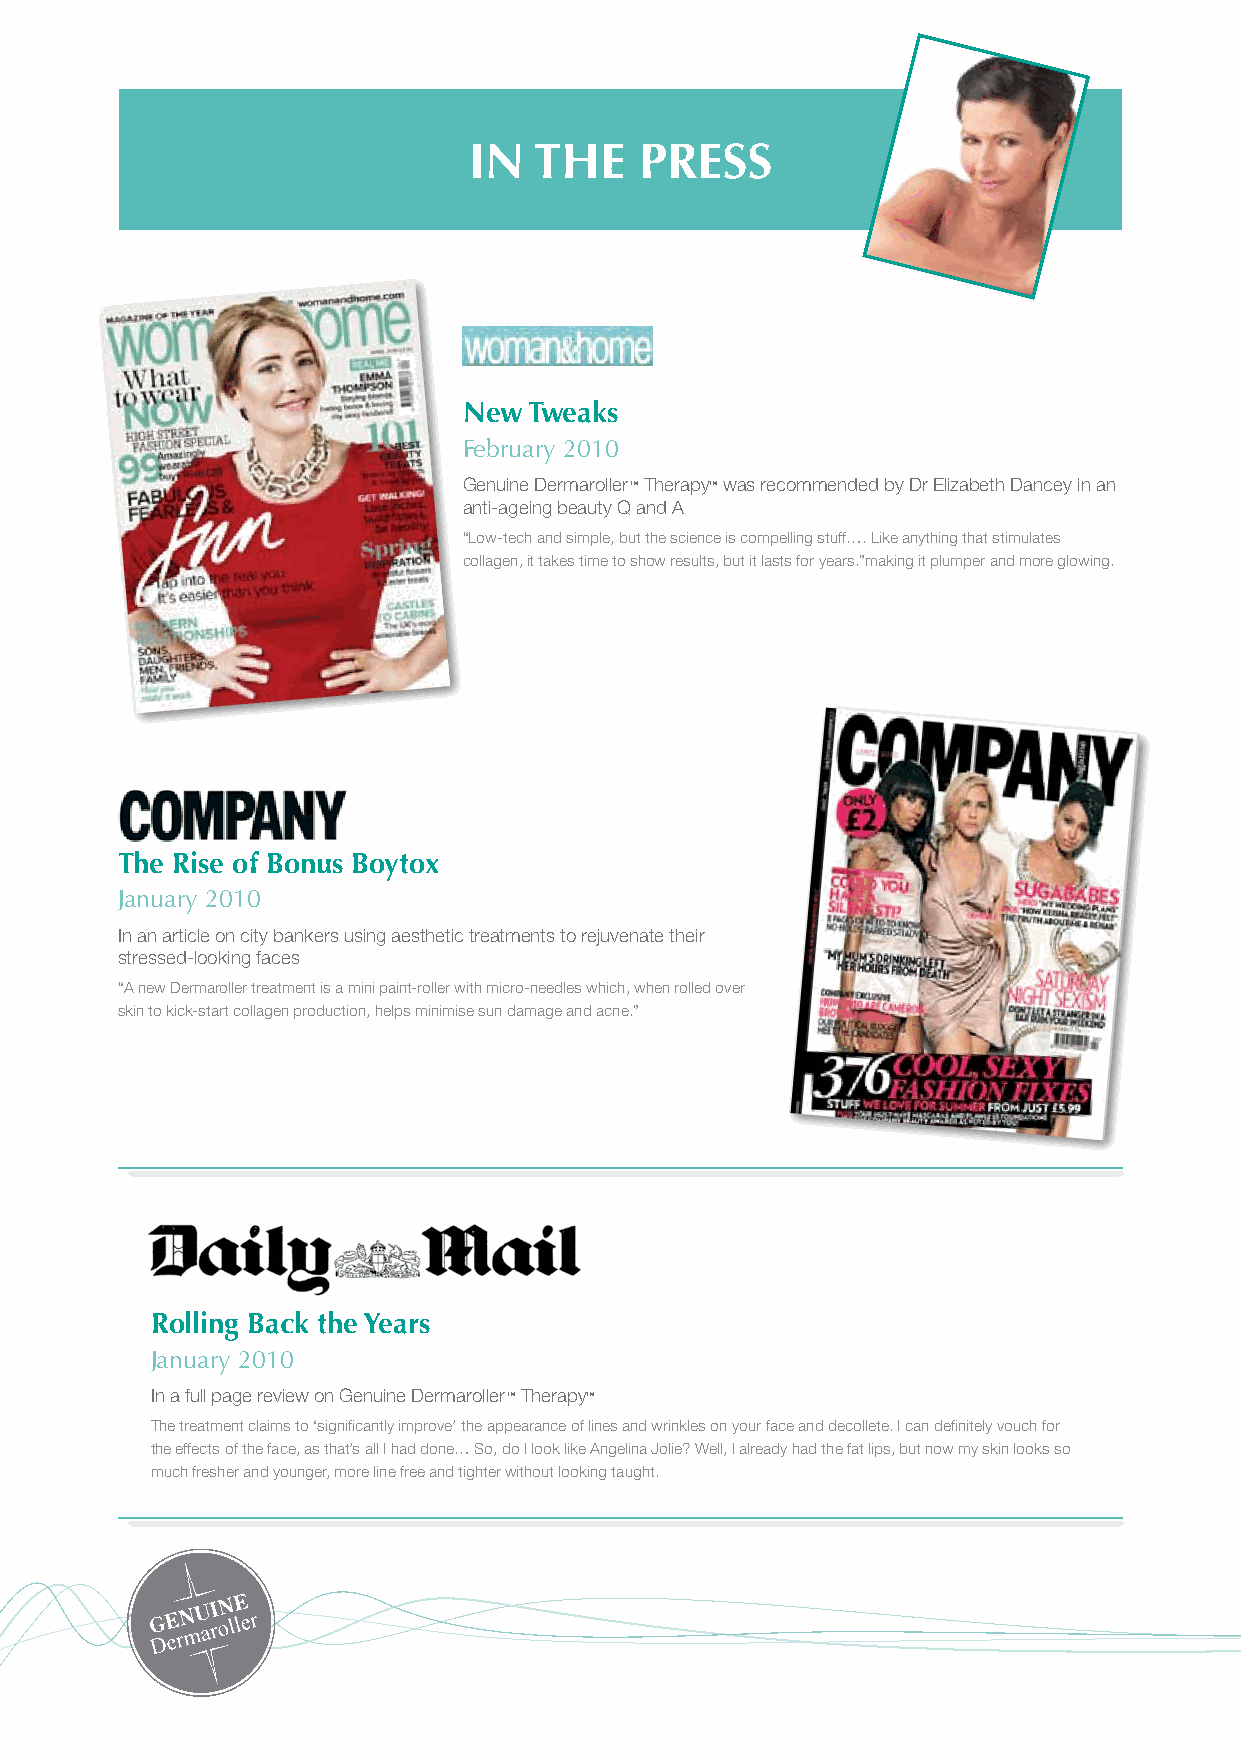
In  the    Press
 new tweaks
 February 2010
 Genuine Dermaroller™ Therapy™ was recommended by Dr Elizabeth Dancey in an
 anti-ageing beauty Q and A
 “Low-tech and simple, but the science is compelling stuff…. Like anything that stimulates
 collagen, it takes time to show results, but it lasts for years.”making it plumper and more glowing.
 the rise of Bonus Boytox
 January 2010
 In an article on city bankers using aesthetic treatments to rejuvenate their
 stressed-looking faces
 “A new Dermaroller treatment is a mini paint-roller with micro-needles which, when rolled over
 skin to kick-start collagen production, helps minimise sun damage and acne.”
 rolling Back the Years
 January 2010
 In a full page review on Genuine Dermaroller™ Therapy™
 The treatment claims to ‘significantly improve’ the appearance of lines and wrinkles on your face and decollete. I can definitely vouch for
 the effects of the face, as that’s all I had done… So, do I look like Angelina Jolie? Well, I already had the fat lips, but now my skin looks so
 much fresher and younger, more line free and tighter without looking taught.